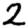
Digit: 2